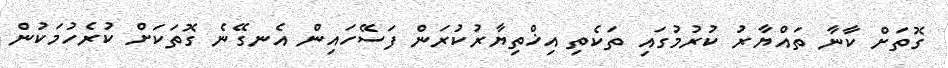
ގޮތަށް ކާނާ ތައްޔާރު ކުރުމުގައި ތަކެތި އިޚްތިޔާރުކުރަން ފަސޭހައިން އެނގޭނެ ގޮތަކަށް ކުރެހުމަކުން